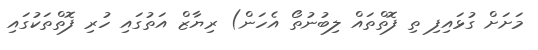
މަށަށް ގުޅައިފި ތި ފޮތްތައް ލިބުނުތޯ އެހަން) ރިޔާޒް އަތުގައި ހުރި ފޮތްތަކުގައި